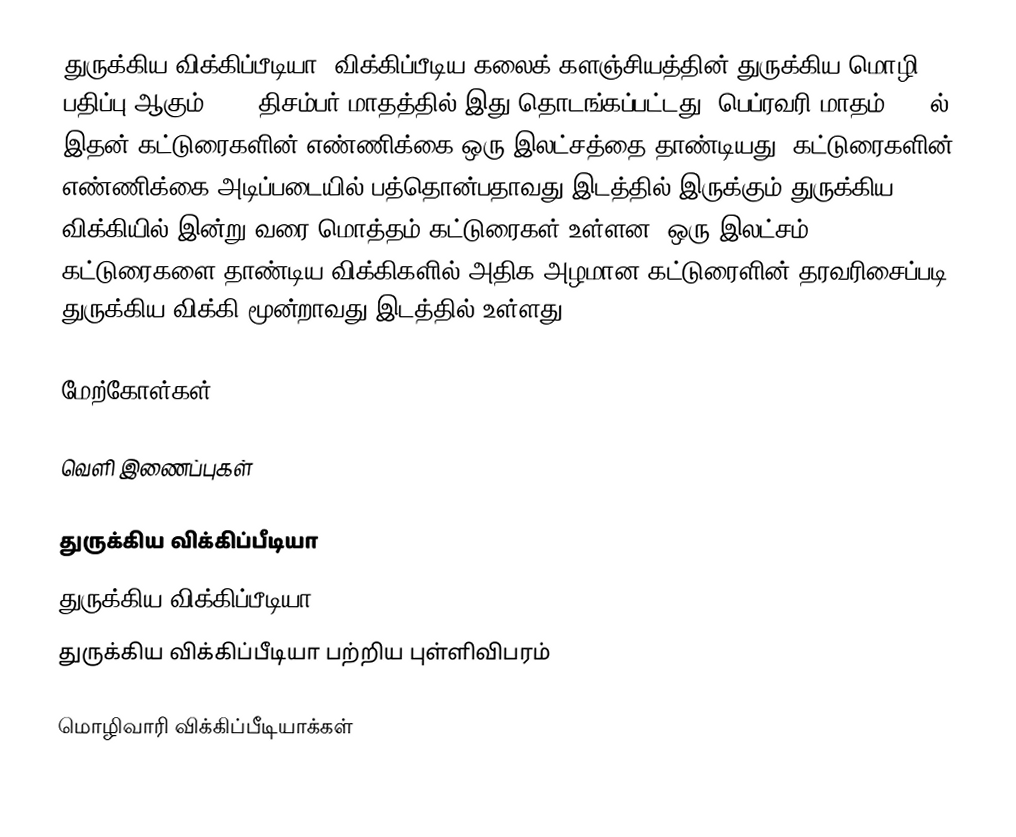
துருக்கிய விக்கிப்பீடியா, விக்கிப்பீடிய கலைக் களஞ்சியத்தின் துருக்கிய மொழி பதிப்பு ஆகும்.2002 திசம்பர் மாதத்தில் இது தொடங்கப்பட்டது. பெப்ரவரி மாதம் 2008ல் இதன் கட்டுரைகளின் எண்ணிக்கை ஒரு இலட்சத்தை தாண்டியது. கட்டுரைகளின் எண்ணிக்கை அடிப்படையில் பத்தொன்பதாவது இடத்தில் இருக்கும் துருக்கிய விக்கியில் இன்று வரை மொத்தம் கட்டுரைகள் உள்ளன. ஒரு இலட்சம் கட்டுரைகளை தாண்டிய விக்கிகளில் அதிக அழமான கட்டுரைளின் தரவரிசைப்படி, துருக்கிய விக்கி மூன்றாவது இடத்தில் உள்ளது.

மேற்கோள்கள்

வெளி இணைப்புகள்

துருக்கிய விக்கிப்பீடியா
துருக்கிய விக்கிப்பீடியா
துருக்கிய விக்கிப்பீடியா பற்றிய புள்ளிவிபரம்

 மொழிவாரி விக்கிப்பீடியாக்கள்